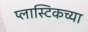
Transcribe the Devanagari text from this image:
प्लास्टिकच्या